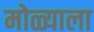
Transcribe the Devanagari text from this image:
मोळ्याला